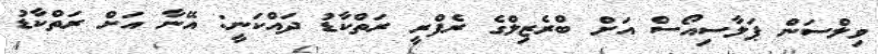
ވިލްސަން ޕަލާސިއޯސް އަށް ބްރެޒިލްގެ ރެފްރީ ރަތްކާޑު ދައްކަނީ: އޭނާ އަށް ރަތްކާޑު